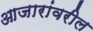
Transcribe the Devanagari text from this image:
आजारांवरील